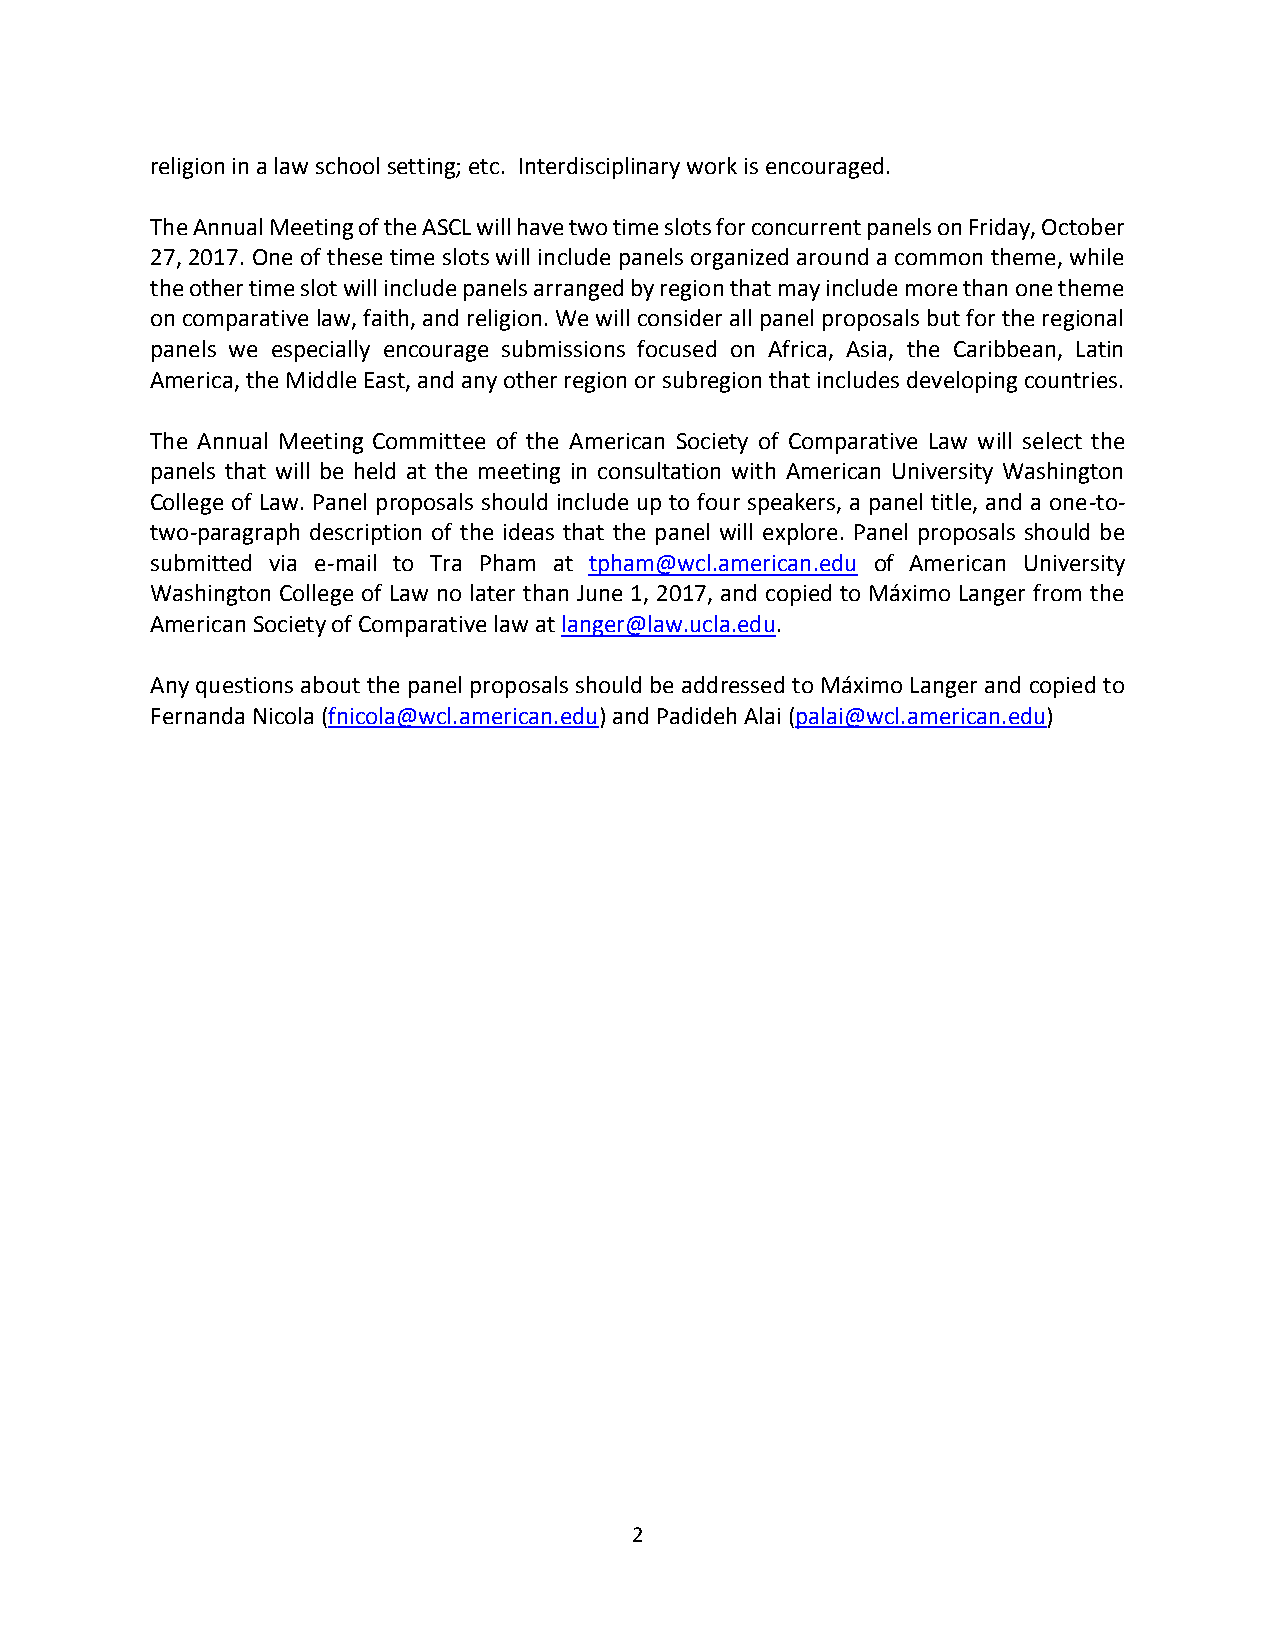
religion in a law school setting; etc. Interdisciplinary work is encouraged.
 The Annual Meeting of the ASCL will have two time slots for concurrent panels on Friday, October
 27, 2017. One of these time slots will include panels organized around a common theme, while
 the other time slot will include panels arranged by region that may include more than one theme
 on comparative law, faith, and religion. We will consider all panel proposals but for the regional
 panels we especially encourage submissions focused on Africa, Asia, the Caribbean, Latin
 America, the Middle East, and any other region or subregion that includes developing countries.
 The Annual Meeting Committee of the American Society of Comparative Law will select the
 panels that will be held at the meeting in consultation with American University Washington
 College of Law. Panel proposals should include up to four speakers, a panel title, and a one-to-
 two-paragraph description of the ideas that the panel will explore. Panel proposals should be
 submitted via e-mail to Tra Pham at tpham@wcl.american.edu of American University
 Washington College of Law no later than June 1, 2017, and copied to Máximo Langer from the
 American Society of Comparative law at langer@law.ucla.edu.
 Any questions about the panel proposals should be addressed to Máximo Langer and copied to
 Fernanda Nicola (fnicola@wcl.american.edu) and Padideh Alai (palai@wcl.american.edu)
 2